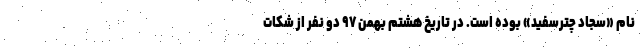
نام «سجاد چترسفید» بوده است. در تاریخ هشتم بهمن ۹۷ دو نفر از شکات